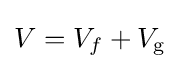
V=V_{f}+V_{\text{g}}